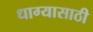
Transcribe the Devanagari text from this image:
धाग्यासाठी